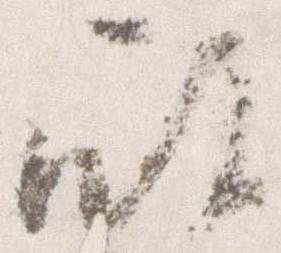
殿